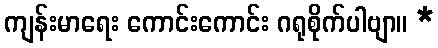
ကျန်းမာရေး ကောင်းကောင်း ဂရုစိုက်ပါဗျာ။ *